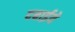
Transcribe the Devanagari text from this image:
दबाईये